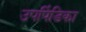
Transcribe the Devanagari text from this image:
उपपिंडिका